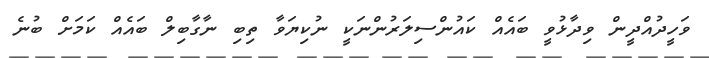
ވަހީދުއްދީން ވިދާޅުވީ ބައެއް ކައުންސިލަރުންނަކީ ނުކިޔަވާ ތިބި ނާގާބިލް ބައެއް ކަމަށް ބުނެ